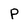
Character: P